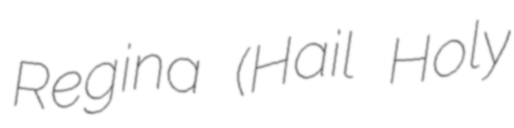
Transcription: Regina (Hail Holy